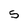
Character: 5